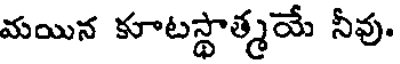
మయిన కూటస్థాత్మయే నీవు.